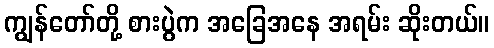
ကျွန်တော်တို့ စားပွဲက အခြေအနေ အရမ်း ဆိုးတယ်။